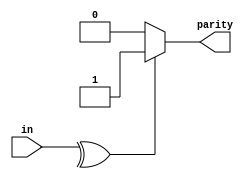
module top_module (
    input [7:0] in,
    output parity); 

    assign parity = ^in[7:0] ? 1 : 0;
endmodule